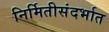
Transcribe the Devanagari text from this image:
निर्मितीसंदर्भात